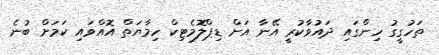
ތަހުގީގު ހިންގައި ދައުވާކުރީ އޭނާ އަށް ޑިޕްލޮމެޓިކް ހިމާޔަތް އޮއްވައި ކަމަށް ބުނެ